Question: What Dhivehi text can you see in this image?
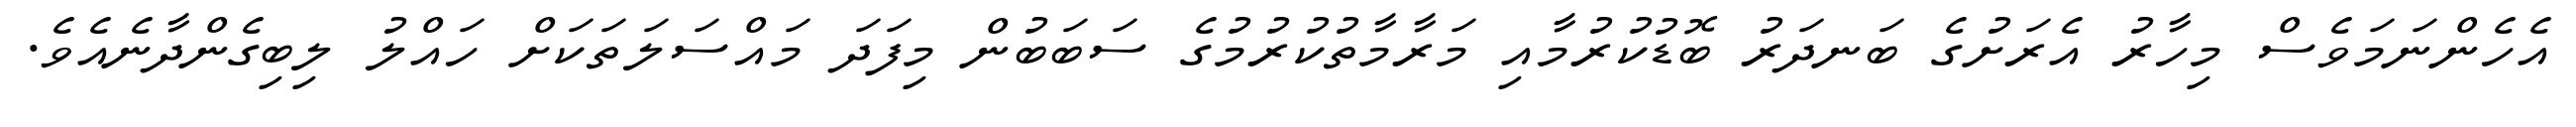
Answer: އެހެންނަމަވެސް މިހާރު އެރަށުގެ ބަނދަރު ބޮޑުކުރުމާއި މަރާމާތުކުރުމުގެ ސަބަބުން މިފަދަ މައްސަލަތަކަށް ހައްލު ލިބިގެންދާނެއެވެ.